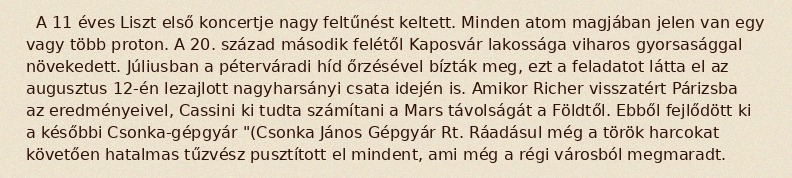
A 11 éves Liszt első koncertje nagy feltűnést keltett. Minden atom magjában jelen van egy vagy több proton. A 20. század második felétől Kaposvár lakossága viharos gyorsasággal növekedett. Júliusban a péterváradi híd őrzésével bízták meg, ezt a feladatot látta el az augusztus 12-én lezajlott nagyharsányi csata idején is. Amikor Richer visszatért Párizsba az eredményeivel, Cassini ki tudta számítani a Mars távolságát a Földtől. Ebből fejlődött ki a későbbi Csonka-gépgyár "(Csonka János Gépgyár Rt. Ráadásul még a török harcokat követően hatalmas tűzvész pusztított el mindent, ami még a régi városból megmaradt.